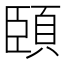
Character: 頣